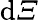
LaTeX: \mathrm{d}\varXi